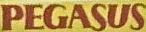
PEGASUS